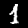
Digit: 1